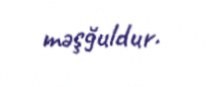
məşğuldur.